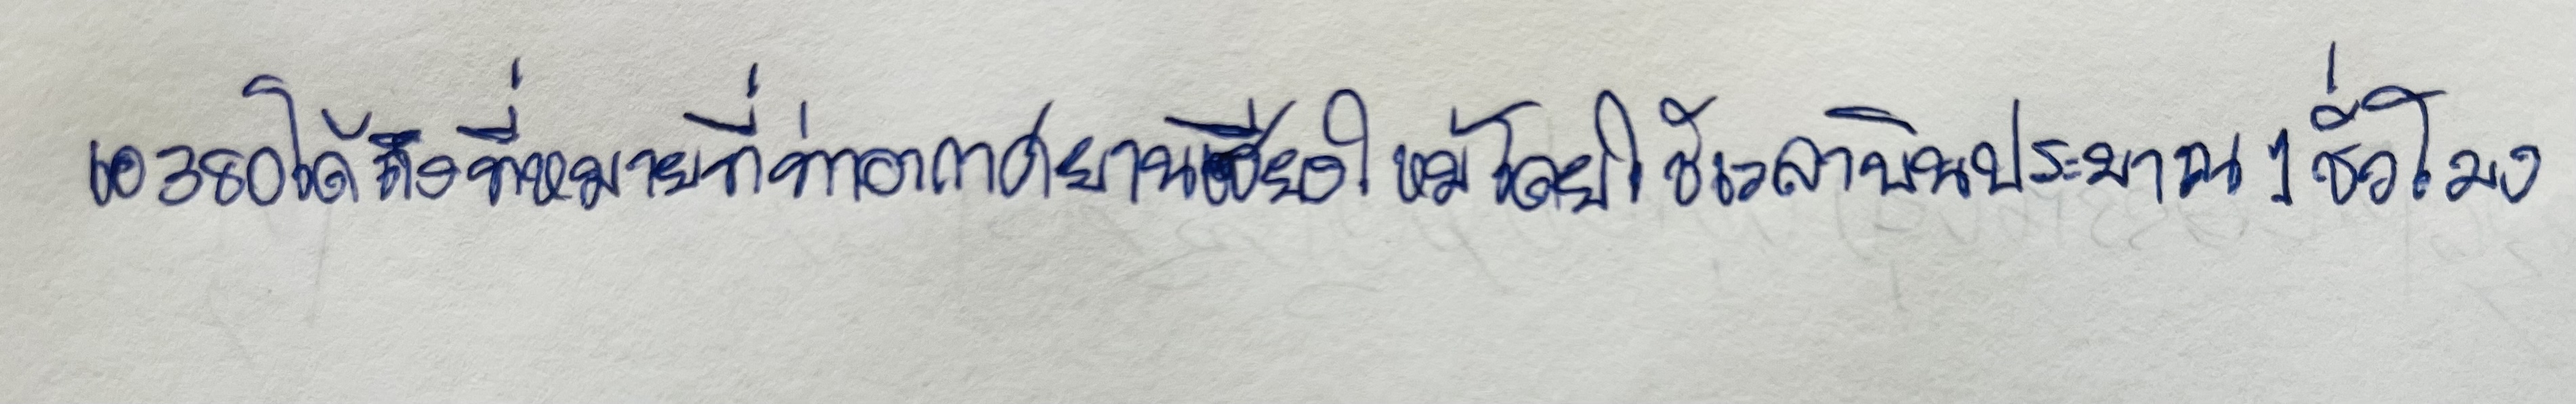
เอ380ได้ถึงที่หมายที่ท่าอากาศยานเชียงใหม่โดยใช้เวลาบินประมาณ1ชั่วโมง